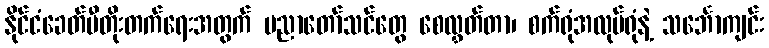
နိုင်ငံခေတ်မီတိုးတက်ရေးအတွက် ပညာတော်သင်တွေ စေလွှတ်တာ၊ စက်ရုံအလုပ်ရုံနဲ့ သင်္ဘောကျင်း